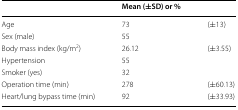
<table><thead><tr><td></td><td><b>Mean (±SD) or %</b></td><td></td></tr></thead><tbody><tr><td>Age</td><td>73</td><td>(±13)</td></tr><tr><td>Sex (male)</td><td>55</td><td></td></tr><tr><td>Body mass index (kg/m<sup>2</sup>)</td><td>26.12</td><td>(±3.55)</td></tr><tr><td>Hypertension</td><td>55</td><td></td></tr><tr><td>Smoker (yes)</td><td>32</td><td></td></tr><tr><td>Operation time (min)</td><td>278</td><td>(±60.13)</td></tr><tr><td>Heart/lung bypass time (min)</td><td>92</td><td>(±33.93)</td></tr></tbody></table>